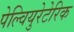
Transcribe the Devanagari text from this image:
पेल्वियुरेटेरिक